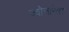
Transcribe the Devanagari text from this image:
ज्वोनारेवा